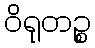
ဝိရုတဉ္စ